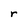
Character: r